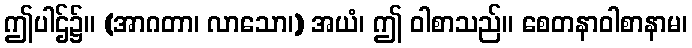
ဤပါဌ်၌။ (အာဂတာ၊ လာသော၊) အယံ၊ ဤ ဝါစာသည်။ စေတနာဝါစာနာမ၊